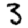
Digit: 3